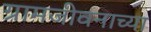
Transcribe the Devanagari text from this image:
ग्रामजीवनाच्या